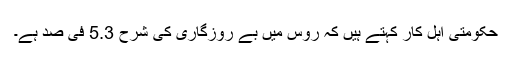
حکومتی اہل کار کہتے ہیں کہ روس میں بے روزگاری کی شرح 5.3 فی صد ہے۔